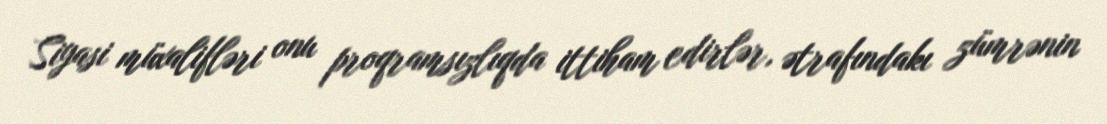
Siyasi müxalifləri onu proqramsızlıqda ittiham edirlər, ətrafındakı zümrənin